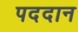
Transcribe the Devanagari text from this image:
पददान